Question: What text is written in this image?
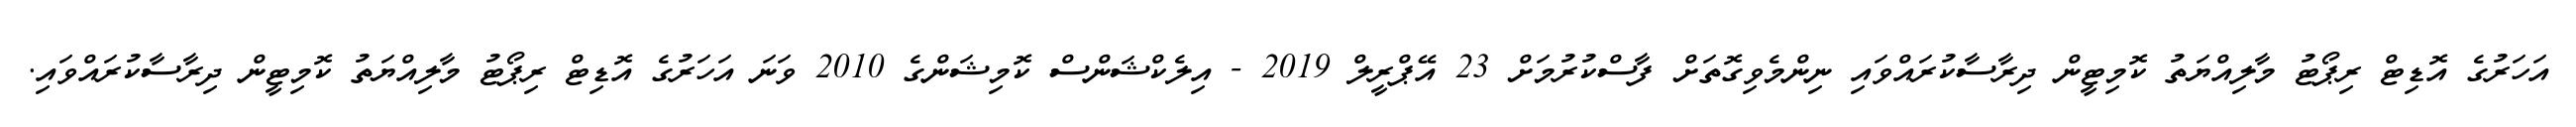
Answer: އަހަރުގެ އޮޑިޓް ރިޕޯޓު މާލިއްޔަތު ކޮމިޓީން ދިރާސާކުރައްވައި ނިންމެވިގޮތަށް ފާސްކުރުމަށް 23 އޭޕްރީލް 2019 - އިލެކްޝަންސް ކޮމިޝަންގެ 2010 ވަނަ އަހަރުގެ އޮޑިޓް ރިޕޯޓު މާލިއްޔަތު ކޮމިޓީން ދިރާސާކުރައްވައި.